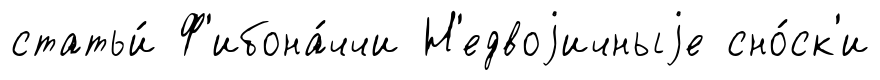
статьи́ Ф'ибона́ччи Н'едвоjичныjе сно́ск'и